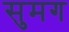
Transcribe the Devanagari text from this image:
सुमग